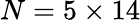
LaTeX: N=5\times 14